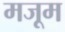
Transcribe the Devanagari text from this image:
मजूम